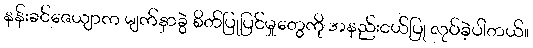
နန်းခင်ဇေယျာက မျက်နှာခွဲ စိတ်ပြုပြင်မှုတွေကို အနည်းငယ်ပြု လုပ်ခဲ့ပါတယ်။